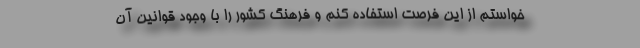
خواستم از این فرصت استفاده کنم و فرهنگ کشور را با وجود قوانین آن